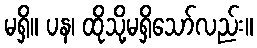
မရှိ။ ပန၊ ထိုသို့မရှိသော်လည်း။